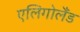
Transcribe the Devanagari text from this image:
एलिगोलैंड